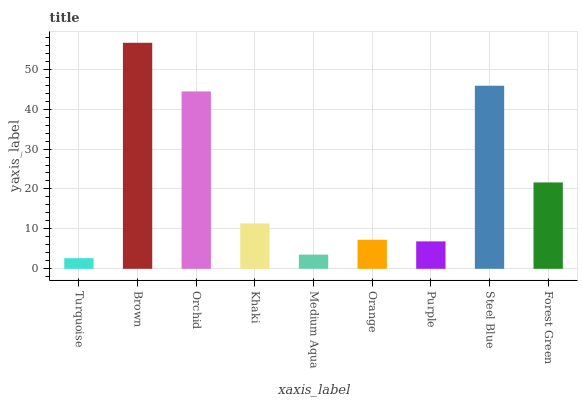
| xaxis_label | bars |
 | --- | --- |
 | Turquoise | 2.66 |
 | Brown | 56.6 |
 | Orchid | 44.4 |
 | Khaki | 11.4 |
 | Medium Aqua | 3.56 |
 | Orange | 7.27 |
 | Purple | 6.87 |
 | Steel Blue | 45.9 |
 | Forest Green | 21.6 |